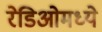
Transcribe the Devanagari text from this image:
रेडिओमध्ये